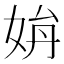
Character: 𡜫